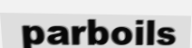
parboils